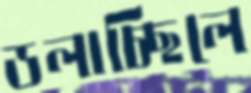
ডলাচ্ছিলে